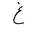
Letter: _gayn